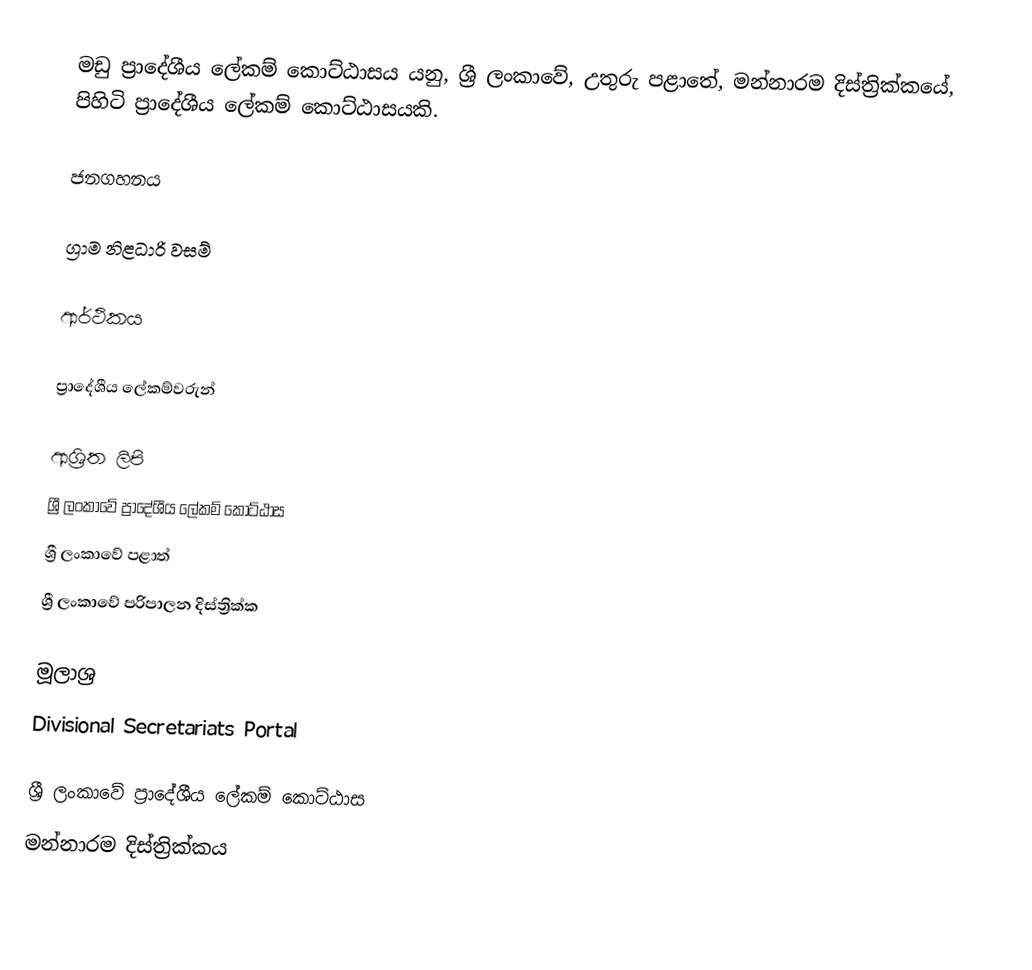
මඩු ප්‍රාදේශීය ලේකම් කොට්ඨාසය යනු,  ශ්‍රී ලංකාවේ, උතුරු පළාතේ,   මන්නාරම දිස්ත්‍රික්කයේ, පිහිටි ප්‍රාදේශීය ලේකම් කොට්ඨාසයකි.

ජනගහනය

ග්‍රාම නිළධාරි වසම්

ආර්ථිකය

ප්‍රාදේශීය ලේකම්වරුන්

ආශ්‍රිත ලිපි
ශ්‍රී ලංකාවේ ප්‍රාදේශීය ලේකම් කොට්ඨාස
ශ්‍රී ලංකාවේ පළාත්
ශ්‍රී ලංකාවේ පරිපාලන දිස්ත්‍රික්ක

මූලාශ්‍ර
 Divisional Secretariats Portal

ශ්‍රී ලංකාවේ ප්‍රාදේශීය ලේකම් කොට්ඨාස
මන්නාරම දිස්ත්‍රික්කය